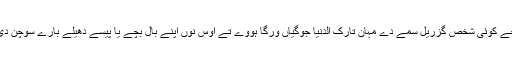
بے شک جے کوئی شخص گزریل سمے دے مہان تارک الدنیا جوگیاں ورگا ہووے تے اوس نوں اپنے بال بچے یا پیسے دھیلے بارے سوچن دی لوڑ نئیں۔